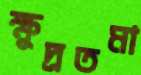
ক্ষুদ্রতমা